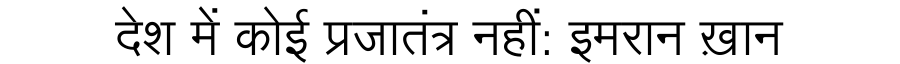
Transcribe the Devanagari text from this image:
देश में कोई प्रजातंत्र नहीं: इमरान ख़ान